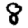
Digit: 8